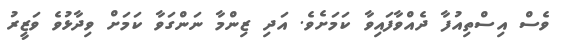
ވެސް އިސްތިއުފާ ދެެއްވާފައިވާ ކަމަށެވެ. އަދި ޒިންމާ ނަންގަވާ ކަމަށް ވިދާޅުވެ ވަޒީރު